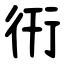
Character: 衎